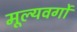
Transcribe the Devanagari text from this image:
मूल्यवर्गो